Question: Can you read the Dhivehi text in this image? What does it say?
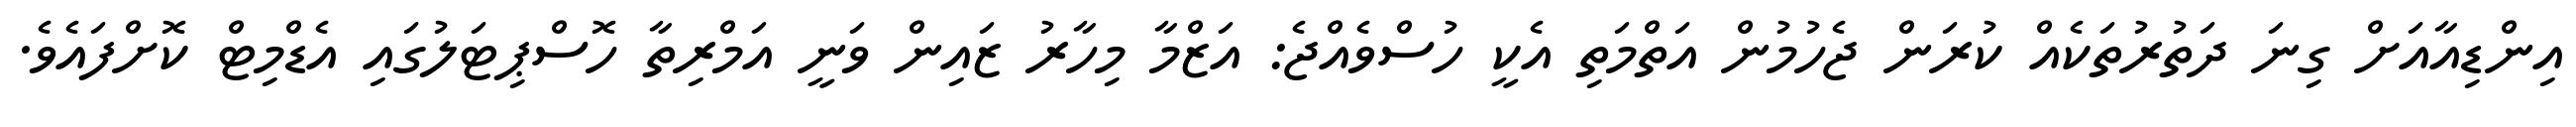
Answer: އިންޑިއާއަށް ގިނަ ދަތުރުތަކެއް ކުރަން ޖެހުމުން އަތްމަތި އެކީ ހުސްވެއްޖެ: އަޒްމާ މިހާރު ޒައިން ވަނީ އަމްރިތާ ހޮސްޕިޓަލުގައި އެޑްމިޓް ކޮށްފައެވެ.